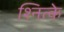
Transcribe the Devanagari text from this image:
श्नित्के